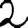
Digit: 2